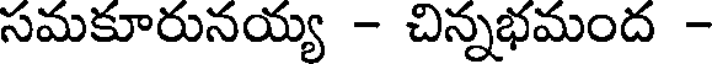
సమకూరునయ్య - చిన్నభమంద -